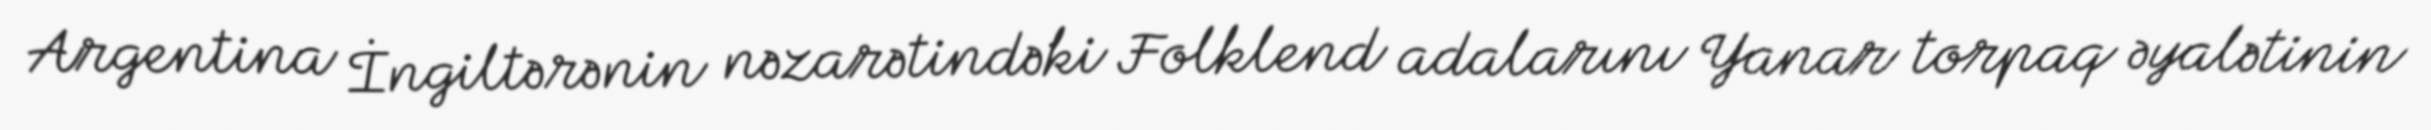
Argentina İngiltərənin nəzarətindəki Folklend adalarını Yanar torpaq əyalətinin